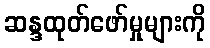
ဆန္ဒထုတ်ဖော်မှုများကို